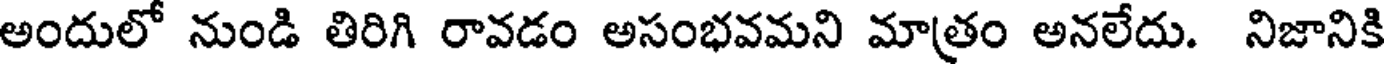
అందులో నుండి తిరిగి రావడం అసంభవమని మాత్రం అనలేదు. నిజానికి